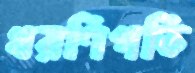
ধরণিপতি